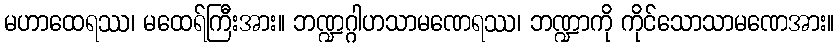
မဟာထေရဿ၊ မထေရ်ကြီးအား။ ဘဏ္ဍဂ္ဂါဟသာမဏေရဿ၊ ဘဏ္ဍာကို ကိုင်သောသာမဏေအား။